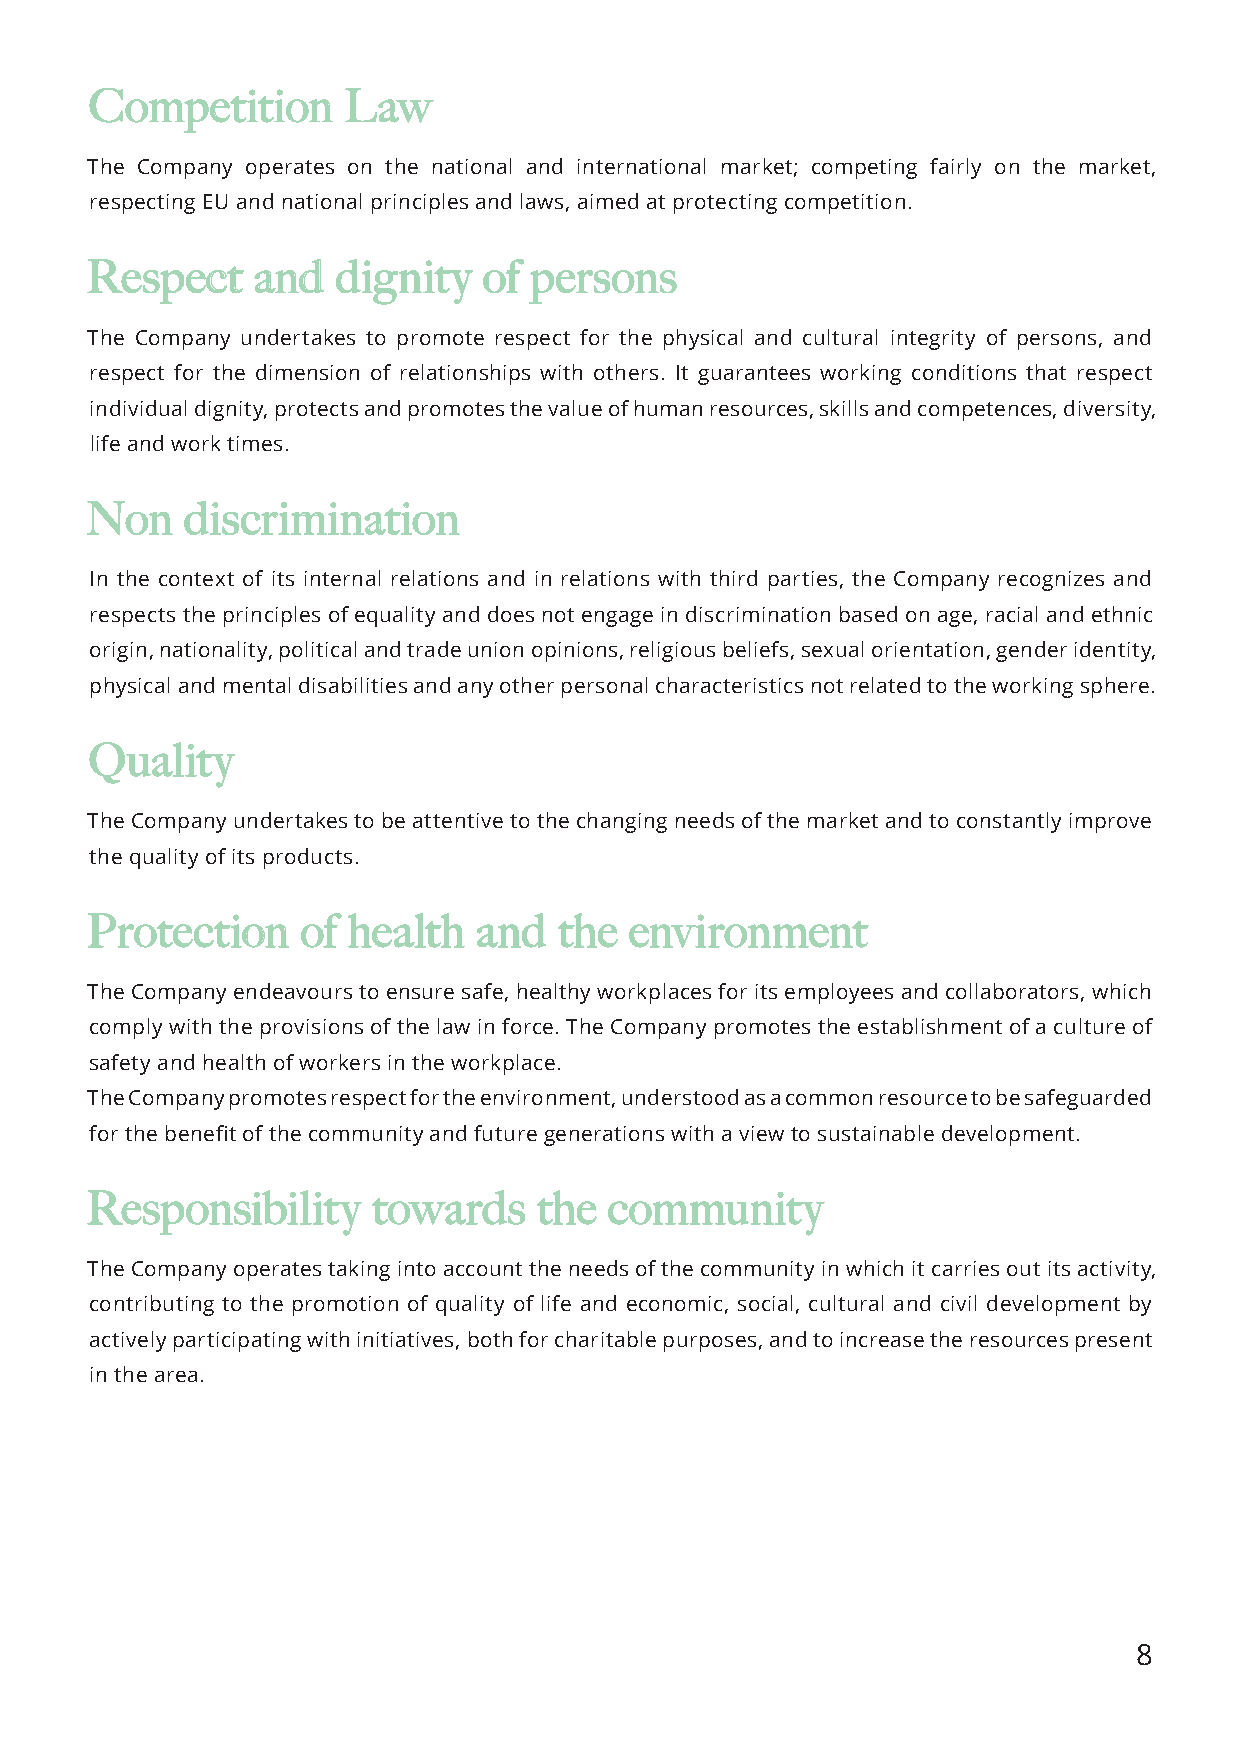
CCoommppeettiittiioonn LLaaww
 The Company operates on the national and international market; competing fairly on the market,
 respecting EU and national principles and laws, aimed at protecting competition.
 RReessppeecctt aanndd ddiiggnniittyy ooff ppeerrssoonnss
 The Company undertakes to promote respect for the physical and cultural integrity of persons, and
 respect for the dimension of relationships with others. It guarantees working conditions that respect
 individual dignity, protects and promotes the value of human resources, skills and competences, diversity,
 life and work times.
 NNoonn ddiissccrriimmiinnaattiioonn
 In the context of its internal relations and in relations with third parties, the Company recognizes and
 respects the principles of equality and does not engage in discrimination based on age, racial and ethnic
 origin, nationality, political and trade union opinions, religious beliefs, sexual orientation, gender identity,
 physical and mental disabilities and any other personal characteristics not related to the working sphere.
 QQuuaalliittyy
 The Company undertakes to be attentive to the changing needs of the market and to constantly improve
 the quality of its products.
 PPrrootteeccttiioonn ooff hheeaalltthh aanndd tthhee eennvviirroonnmmeenntt
 The Company endeavours to ensure safe, healthy workplaces for its employees and collaborators, which
 comply with the provisions of the law in force. The Company promotes the establishment of a culture of
 safety and health of workers in the workplace.
 The Company promotes respect for the environment, understood as a common resource to be safeguarded
 for the benefit of the community and future generations with a view to sustainable development.
 RReessppoonnssiibbiilliittyy ttoowwaarrddss tthhee ccoommmmuunniittyy
 The Company operates taking into account the needs of the community in which it carries out its activity,
 contributing to the promotion of quality of life and economic, social, cultural and civil development by
 actively participating with initiatives, both for charitable purposes, and to increase the resources present
 in the area.
 8